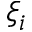
\xi _ { i }